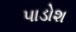
પાડોશ